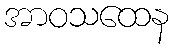
အာဝသထေန